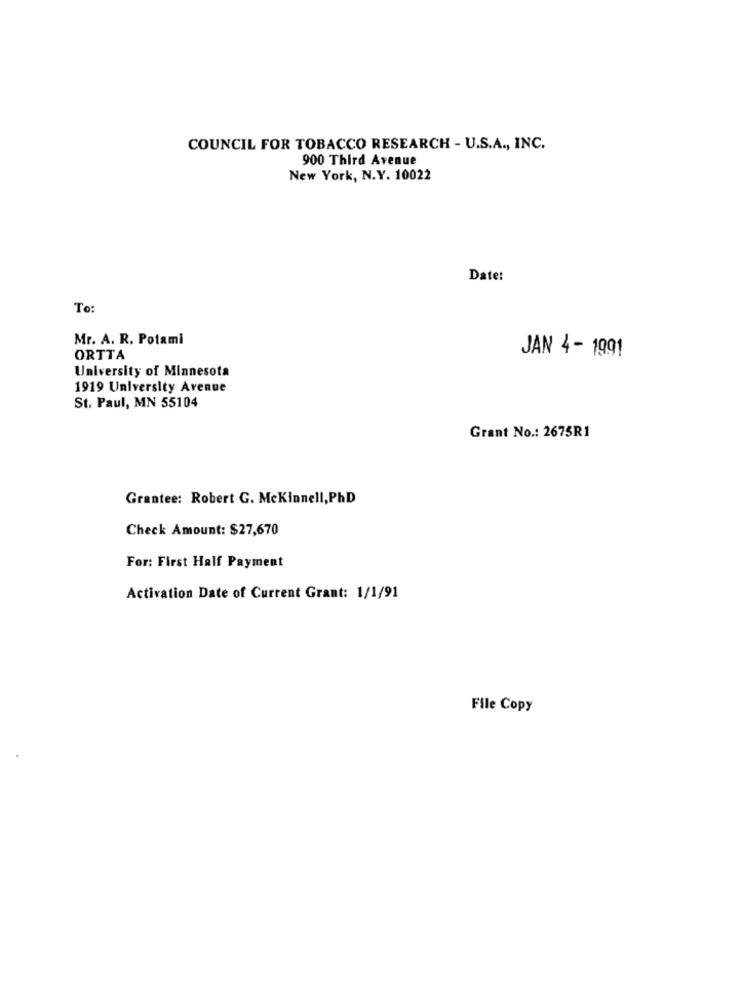
COUNCIL FOR TOBACCO RESEARCH - U.S.A ., INC.
900 Third Avenue
New York, N.Y. 10022
Date:
To:
Mr. A. R. Potami
ORTTA
JAN 4- 1991
University of Minnesota
1919 University Avenue
St. Paul, MN 55104
Grant No .: 2675R1
Grantee: Robert G. McKinnell, PhD
Check Amount: $27,670
For: First Half Payment
Activation Date of Current Grant: 1/1/91
File Copy